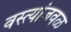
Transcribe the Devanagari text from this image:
वस्त्यांजवळ